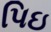
પિઇ